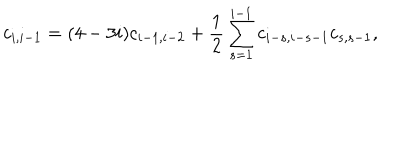
c _ { i , i - 1 } = ( 4 - 3 i ) c _ { i - 1 , i - 2 } + \frac { 1 } { 2 } \sum _ { s = 1 } ^ { i - 1 } c _ { i - s , i - s - 1 } c _ { s , s - 1 } ,